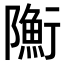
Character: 𨽇